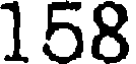
158